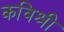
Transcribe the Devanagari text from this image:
कविश्री